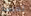
تعيسة